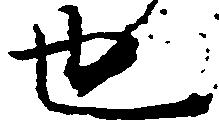
也